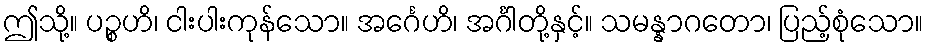
ဤသို့။ ပဉ္စဟိ၊ ငါးပါးကုန်သော။ အင်္ဂေဟိ၊ အင်္ဂါတို့နှင့်။ သမန္နာဂတော၊ ပြည့်စုံသော။